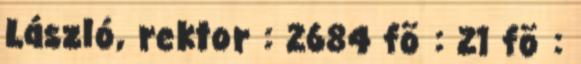
László, rektor : 2684 fõ : 21 fõ :